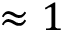
\approx 1